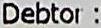
DEBTOR :